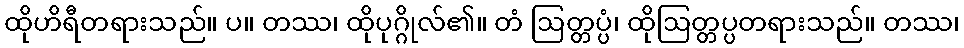
ထိုဟိရီတရားသည်။ ပ။ တဿ၊ ထိုပုဂ္ဂိုလ်၏။ တံ ဩတ္တပ္ပံ၊ ထိုဩတ္တပ္ပတရားသည်။ တဿ၊